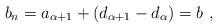
LaTeX: \begin{align*}b_n = a_{\alpha + 1} + (d_{\alpha + 1} - d_\alpha) = b \ ,\end{align*}